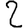
Digit: 2